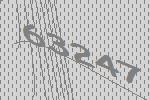
63247